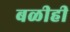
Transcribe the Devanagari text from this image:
बळीही